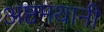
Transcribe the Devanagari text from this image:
अष्टमथानी